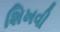
શિખવી